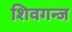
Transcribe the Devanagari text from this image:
शिवगन्ज